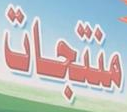
منتجات